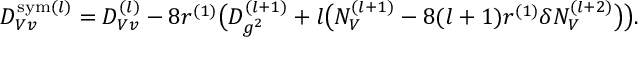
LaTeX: { \cal D } _ { V v } ^ { \mathrm { s y m } ( l ) } = { \cal D } _ { V v } ^ { ( l ) } - 8 r ^ { ( 1 ) } \bigl ( { \cal D } _ { g ^ { 2 } } ^ { ( l + 1 ) } + l \big ( { \cal N } _ { V } ^ { ( l + 1 ) } - 8 ( l + 1 ) r ^ { ( 1 ) } \delta { \cal N } _ { V } ^ { ( l + 2 ) } \big ) \bigr ) .